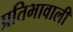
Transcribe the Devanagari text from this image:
प्रतिभावाली